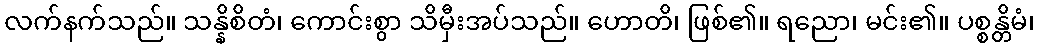
လက်နက်သည်။ သန္နိစိတံ၊ ကောင်းစွာ သိမှီးအပ်သည်။ ဟောတိ၊ ဖြစ်၏။ ရညော၊ မင်း၏။ ပစ္စန္တိမံ၊